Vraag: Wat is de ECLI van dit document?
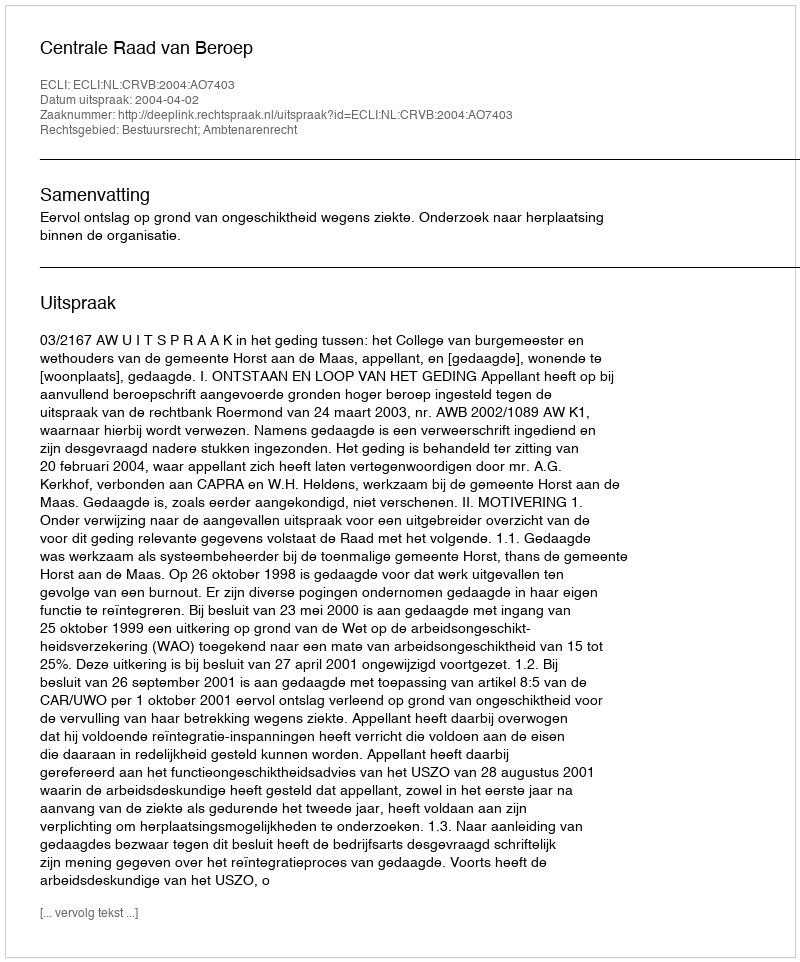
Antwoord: ECLI:NL:CRVB:2004:AO7403